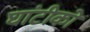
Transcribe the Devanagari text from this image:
घांटीको